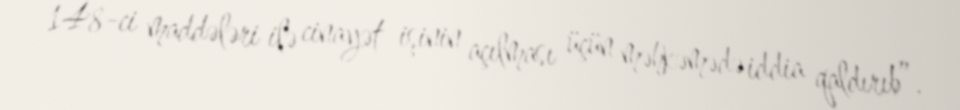
148-ci maddələri ilə cinayət işinin açılması üçün məhkəmədə iddia qaldırıb”.